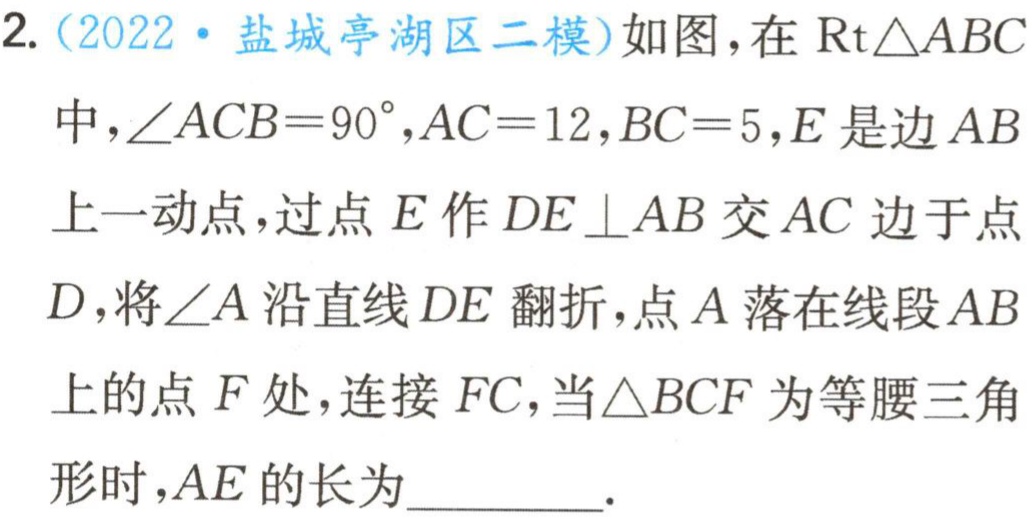
2.（2022·盐城亭湖区二模）如图，在$\mathrm{R}\mathrm{t}\triangle ABC$中，$\angle ACB = 90^{\circ}$，$AC = 12$，$BC = 5$，$E$是边$AB$上一动点，过点$E$作$DE\perp AB$交$AC$边于点$D$，将$\angle A$沿直线$DE$翻折，点$A$落在线段$AB$上的点$F$处，连接$FC$，当$\triangle BCF$为等腰三角形时，$AE$的长为  ．